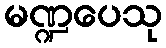
မဏ္ဍပေသု